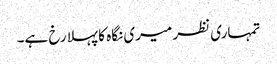
تمہاری نظر میری نگاہ کا پہلا رخ ہے۔